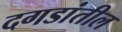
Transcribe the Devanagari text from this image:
दगडांतील